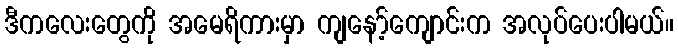
ဒီကလေးတွေကို အမေရိကားမှာ ကျနော့်ကျောင်းက အလုပ်ပေးပါမယ်။